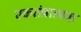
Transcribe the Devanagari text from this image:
एकतंत्रात्मक